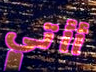
أأتي